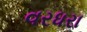
વરધરા